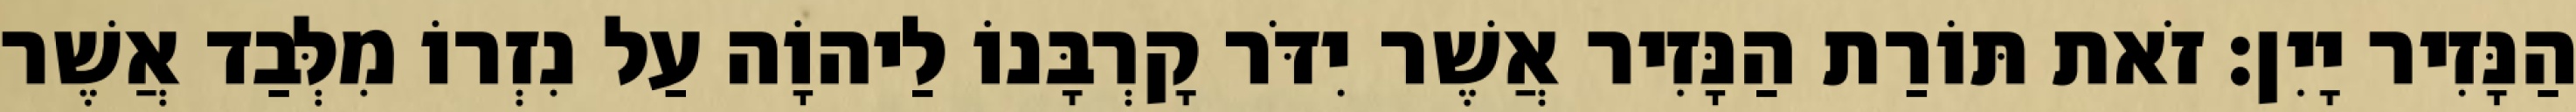
הַנָּזִיר יָיִן׃ זֹאת תּוֹרַת הַנָּזִיר אֲשֶׁר יִדֹּר קָרְבָּנוֹ לַיהוָֹה עַל נִזְרוֹ מִלְּבַד אֲשֶׁר